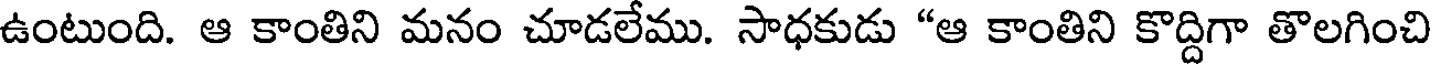
ఉంటుంది. ఆ కాంతిని మనం చూడలేము. సాధకుడు "ఆ కాంతిని కొద్దిగా తొలగించి